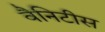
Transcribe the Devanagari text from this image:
वैनिटीस